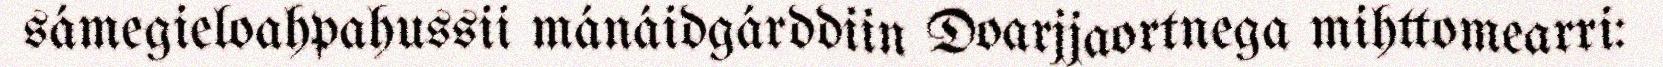
sámegieloahpahussii mánáidgárddiin Doarjjaortnega mihttomearri: